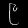
Digit: ၉